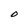
Character: 0